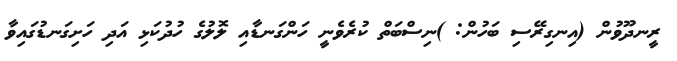
ރީނދޫވުން (އިނގިރޭސި ބަހުން: )ނިސްބަތް ކުރެވެނީ ހަންގަނޑާއި ލޮލުގެ ހުދުކަޅި އަދި ހަށިގަނޑުގައިވާ